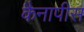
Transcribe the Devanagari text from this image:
कैनापीस